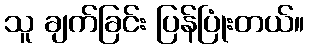
သူ ချက်ခြင်း ပြန်ပြုံးတယ်။